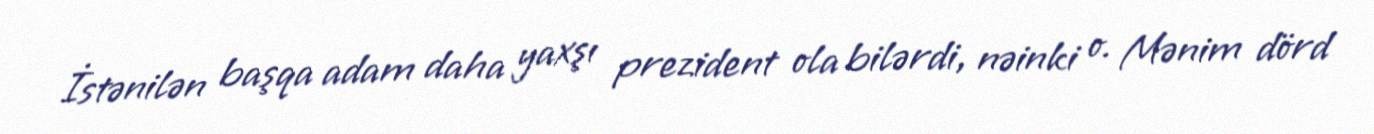
İstənilən başqa adam daha yaxşı prezident ola bilərdi, nəinki o. Mənim dörd